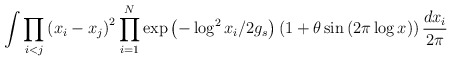
\begin{align*}\int \prod_{i<j}\left( x_{i}-x_{j}\right) ^{2}\prod_{i=1}^{N}\exp \left(-\log ^{2}x_{i}/2g_{s}\right) \left( 1+\theta \sin \left( 2\pi \log x\right)\right) \frac{dx_{i}}{2\pi }\end{align*}